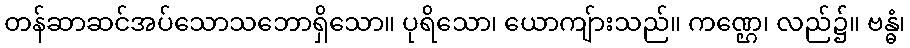
တန်ဆာဆင်အပ်သောသဘောရှိသော။ ပုရိသော၊ ယောကျ်ားသည်။ ကဏ္ဌေ၊ လည်၌။ ဗန္ဓံ၊